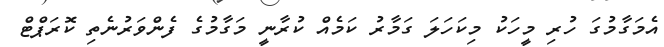
އެމަގާމުގަ ހުރި މީހަކު މިކަހަލަ ގަމާރު ކަމެއް ކުރާނީ މަގާމުގެ ފެންވަރުނެތި ކޮރަޕްޓް